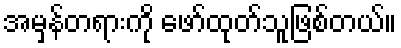
အမှန်တရားကို ဖော်ထုတ်သူဖြစ်တယ်။